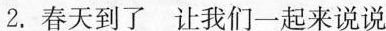
2.春天到了 让我们一起来说说